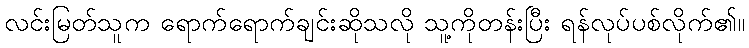
လင်းမြတ်သူက ရောက်ရောက်ချင်းဆိုသလို သူ့ကိုတန်းပြီး ရန်လုပ်ပစ်လိုက်၏။